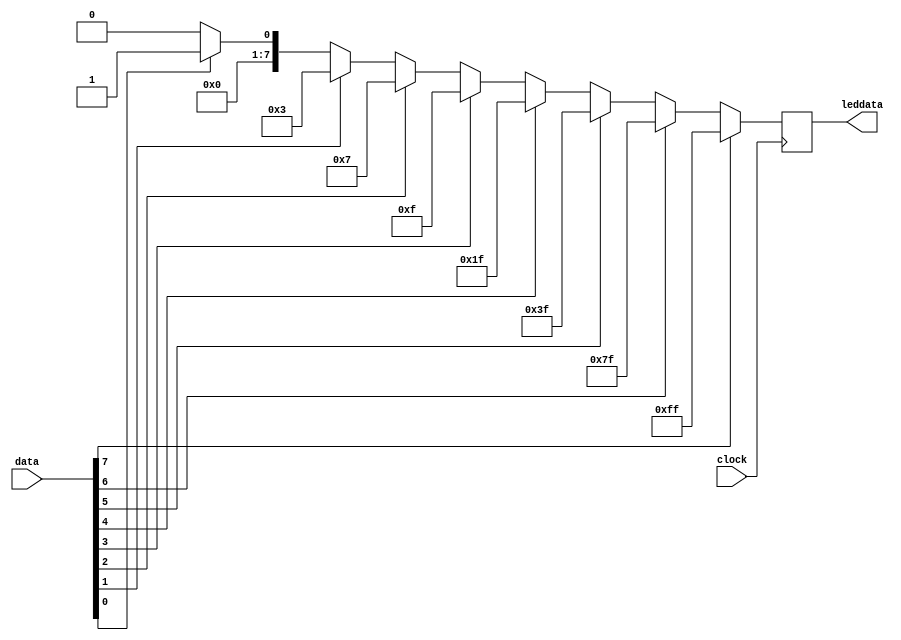
// LED Bar Graph bargraph.v
// c 2012 Embedded System using Programmable Gate Arrays  Dennis Silage

module bargraph(input clock, input [7:0] data, output reg [7:0] leddata);
					 
always@(posedge clock)
	 begin
		leddata=8'b00000000;
		if (data[0]==1)
			leddata=8'b00000001;
		if (data[1]==1)
			leddata=8'b00000011;
		if (data[2]==1)
			leddata=8'b00000111;
		if (data[3]==1)
			leddata=8'b00001111;
		if (data[4]==1)
			leddata=8'b00011111;
		if (data[5]==1)
			leddata=8'b00111111;
		if (data[6]==1)
			leddata=8'b01111111;
		if (data[7]==1)
			leddata=8'b11111111;
	end
		
endmodule